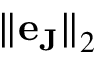
{ \| \mathbf { e } _ { \mathbf { J } } \| } _ { 2 }